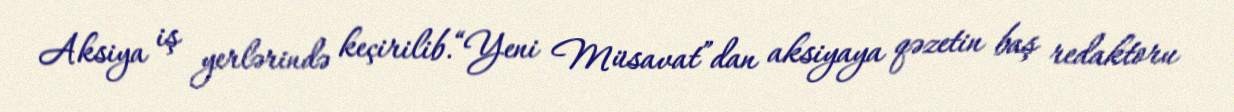
Aksiya iş yerlərində keçirilib.“Yeni Müsavat”dan aksiyaya qəzetin baş redaktoru